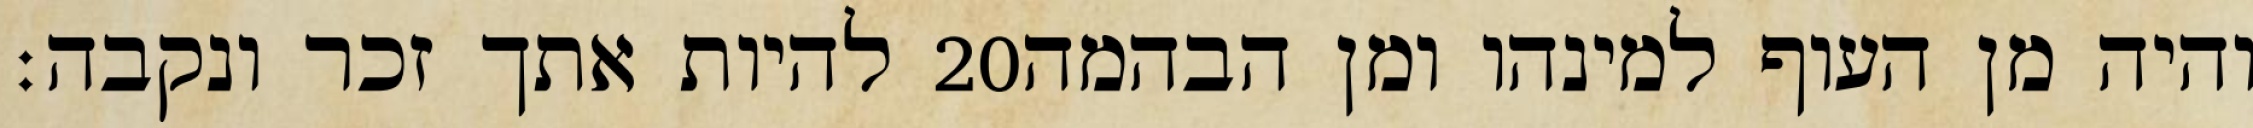
להיות אתך זכר ונקבה׃ ‎20‏ והיה מן העוף למינהו ומן הבהמה